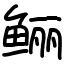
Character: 鲡